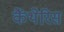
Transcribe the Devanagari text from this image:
कैंथेरिस